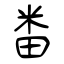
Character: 畨